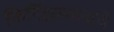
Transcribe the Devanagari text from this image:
किर्गिझस्तानाचे